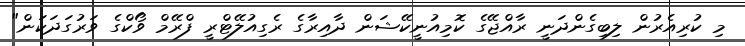
މި ކުރިއެރުން ލިބިގެންދަނީ ރާއްޖޭގެ ކޮމިއުނީކޭޝަން ދާއިރާގެ ރެގިއުލޭޓްރީ ފްރޭމް ވޯކްގެ ވަރުގަދަކަން"